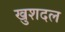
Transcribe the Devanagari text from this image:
खुशदल